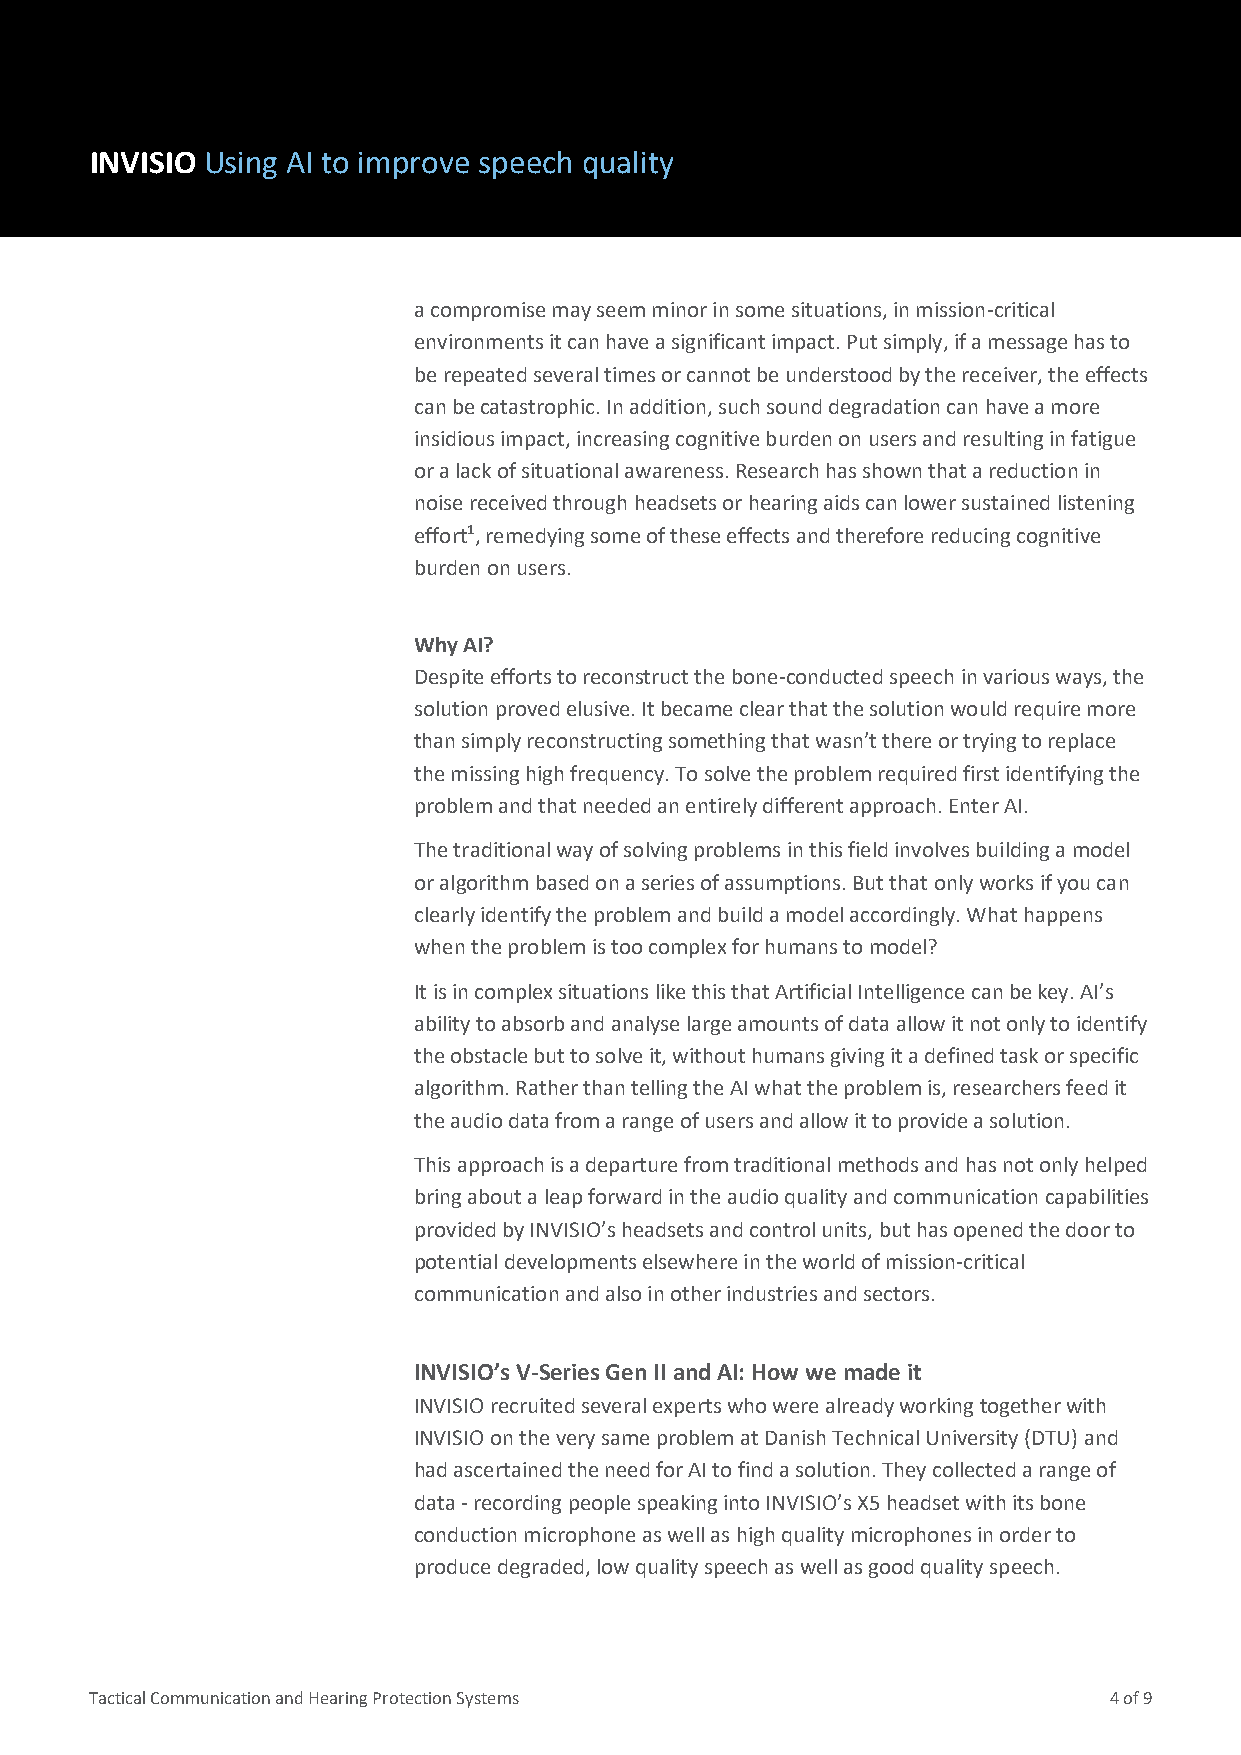
INVISIO Using AI to improve speech quality
 a compromise may seem minor in some situations, in mission-critical
 environments it can have a significant impact. Put simply, if a message has to
 be repeated several times or cannot be understood by the receiver, the effects
 can be catastrophic. In addition, such sound degradation can have a more
 insidious impact, increasing cognitive burden on users and resulting in fatigue
 or a lack of situational awareness. Research has shown that a reduction in
 noise received through headsets or hearing aids can lower sustained listening
 effort1, remedying some of these effects and therefore reducing cognitive
 burden on users.
 Why AI?
 Despite efforts to reconstruct the bone-conducted speech in various ways, the
 solution proved elusive. It became clear that the solution would require more
 than simply reconstructing something that wasn’t there or trying to replace
 the missing high frequency. To solve the problem required first identifying the
 problem and that needed an entirely different approach. Enter AI.
 The traditional way of solving problems in this field involves building a model
 or algorithm based on a series of assumptions. But that only works if you can
 clearly identify the problem and build a model accordingly. What happens
 when the problem is too complex for humans to model?
 It is in complex situations like this that Artificial Intelligence can be key. AI’s
 ability to absorb and analyse large amounts of data allow it not only to identify
 the obstacle but to solve it, without humans giving it a defined task or specific
 algorithm. Rather than telling the AI what the problem is, researchers feed it
 the audio data from a range of users and allow it to provide a solution.
 This approach is a departure from traditional methods and has not only helped
 bring about a leap forward in the audio quality and communication capabilities
 provided by INVISIO’s headsets and control units, but has opened the door to
 potential developments elsewhere in the world of mission-critical
 communication and also in other industries and sectors.
 INVISIO’s V-Series Gen II and AI: How we made it
 INVISIO recruited several experts who were already working together with
 INVISIO on the very same problem at Danish Technical University (DTU) and
 had ascertained the need for AI to find a solution. They collected a range of
 data - recording people speaking into INVISIO’s X5 headset with its bone
 conduction microphone as well as high quality microphones in order to
 produce degraded, low quality speech as well as good quality speech.
 Tactical Communication and Hearing Protection Systems              4 of 9